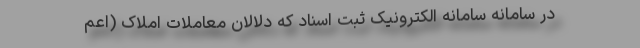
در سامانه سامانه الکترونیک ثبت اسناد که دلالان معاملات املاک (اعم